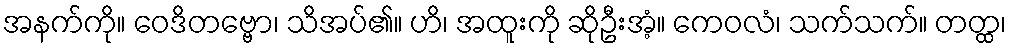
အနက်ကို။ ဝေဒိတဗ္ဗော၊ သိအပ်၏။ ဟိ၊ အထူးကို ဆိုဦးအံ့။ ကေဝလံ၊ သက်သက်။ တတ္ထ၊